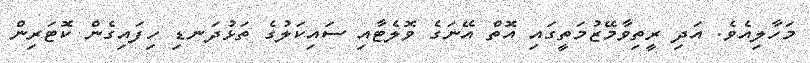
މަހާލިއެވެ. އަދި ރީތިވާމޭޒުމަތީގައި އޮތް އޭނަގެ ވޮލެޓާއި ސައިކަލުގެ ތަޅުދަނޑި ހިފައިގެން ކޮޓަރިން